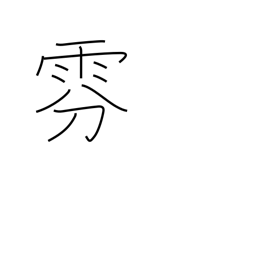
Meaning: fog